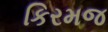
કિરમજ